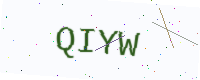
Text: QIYW